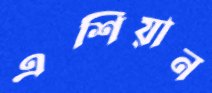
এশিয়ান